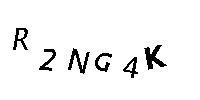
R2NG4K